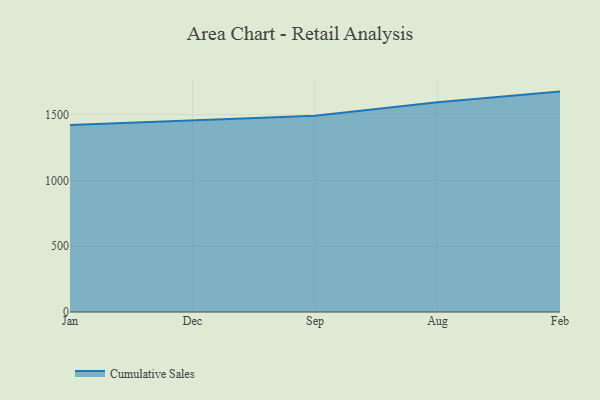
{"axis": {"x": "Month", "y": "Page Views"}, "legend": ["Cumulative Sales"], "data": [{"x": "Jan", "y": 1420.7, "type": "Cumulative Sales"}, {"x": "Dec", "y": 1454.4, "type": "Cumulative Sales"}, {"x": "Sep", "y": 1490.8, "type": "Cumulative Sales"}, {"x": "Aug", "y": 1593.0, "type": "Cumulative Sales"}, {"x": "Feb", "y": 1674.6, "type": "Cumulative Sales"}]}